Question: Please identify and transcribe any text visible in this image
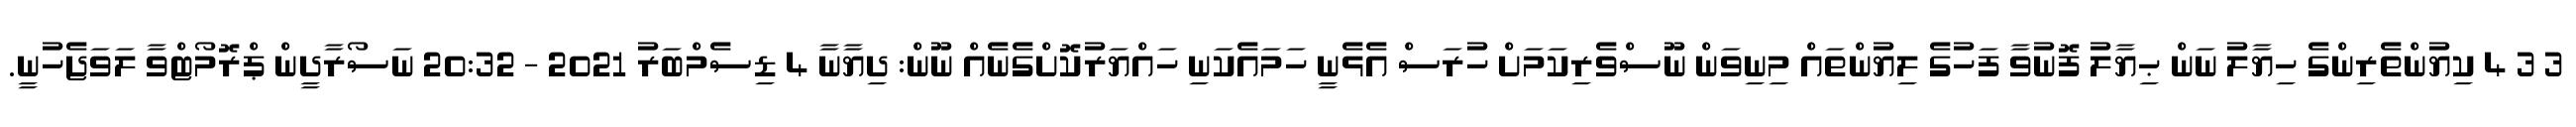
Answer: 3 3 4 ކިޔުންތެރިންގެ ހިޔާލު ނަން ޙިޔާލު ފޮނުވާ ފަހުގެ ލިޔުންތައް މިނިވަން ނޫސްވެރިކަމަށް ހުރަސް އެޅެނީ ހަމައެކަނި ހައްޔަރުކޮށްގެނެއް ނޫން: ދިޔާނާ 4 ޑިސެމްބަރު 2021 - 20:32 ނަސޯރާދީން ޕްރޮމޯޓްވާ ލަވަޖެހުނީ.